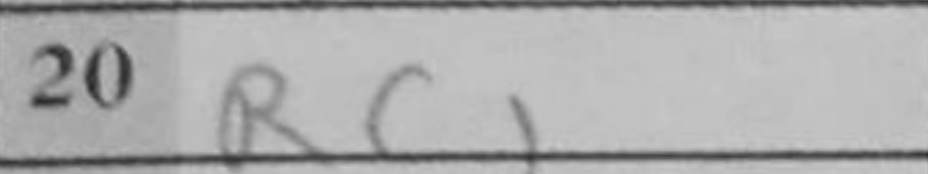
Transcription: Rc1